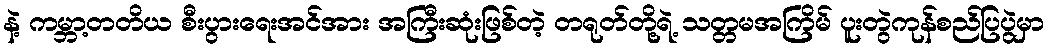
နဲ့ ကမ္ဘာ့တတိယ စီးပွားရေးအင်အား အကြီးဆုံးဖြစ်တဲ့ တရုတ်တို့ရဲ့ သတ္တမအကြိမ် ပူးတွဲကုန်စည်ပြပွဲမှာ